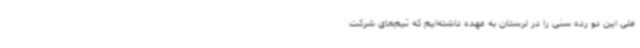
ملی این دو رده سنی را در لرستان به عهده داشته‌ایم که تیم‌های شرکت